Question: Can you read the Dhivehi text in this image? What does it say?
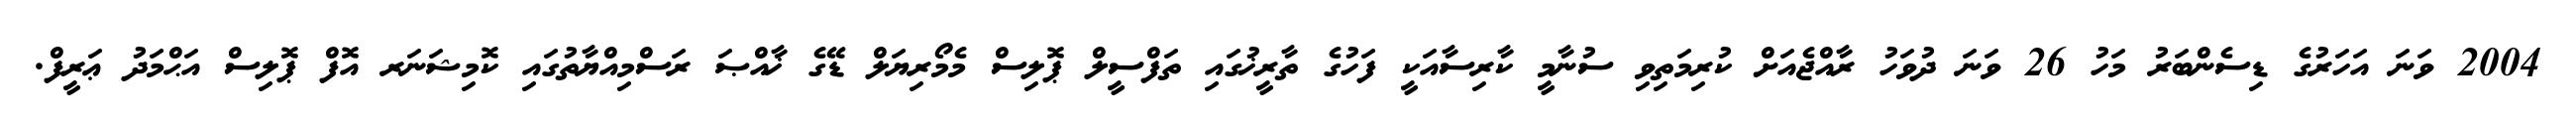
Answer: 2004 ވަނަ އަހަރުގެ ޑިސެންބަރު މަހު 26 ވަނަ ދުވަހު ރާއްޖެއަށް ކުރިމަތިވި ސުނާމީ ކާރިސާއަކީ ފަހުގެ ތާރީޚުގައި ތަފްސީލް ޕޮލިސް މެމޯރިޔަލް ޑޭގެ ޚާއްޞަ ރަސްމިއްޔާތުގައި ކޮމިޝަނަރ އޮފް ޕޮލިސް އަޙްމަދު ޢަރީފް.